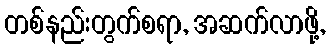
တစ်နည်းတွက်စရာ, အဆက်လာဖို့,